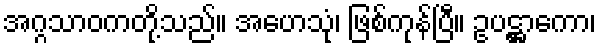
အဂ္ဂသာဝကတို့သည်။ အဟေသုံ၊ ဖြစ်ကုန်ပြီ။ ဥပဋ္ဌာကော၊